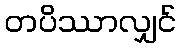
တပိဿာလျှင်